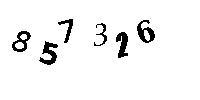
857326